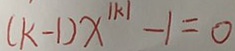
( k - 1 ) x ^ { \vert k \vert } - 1 = 0